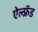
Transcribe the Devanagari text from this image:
ऐल्फ़्रॅड